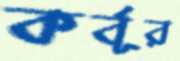
কর্বূর